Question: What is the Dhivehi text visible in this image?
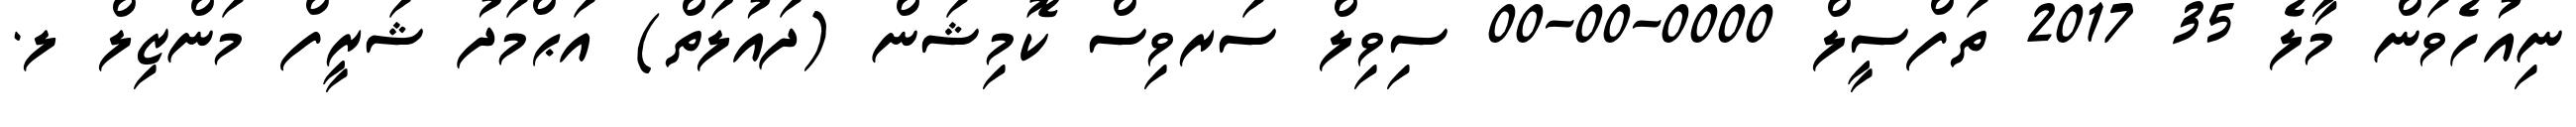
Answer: ނިއުހެވަން މާލެ 35 2017 ތަފްސީލް 0000-00-00 ސިވިލް ސަރވިސް ކޮމިޝަން (ދައުލަތް) އަޙްމަދު ޝަރީފް މަންޒިލް ލ.